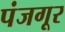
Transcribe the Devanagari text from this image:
पंजगूर